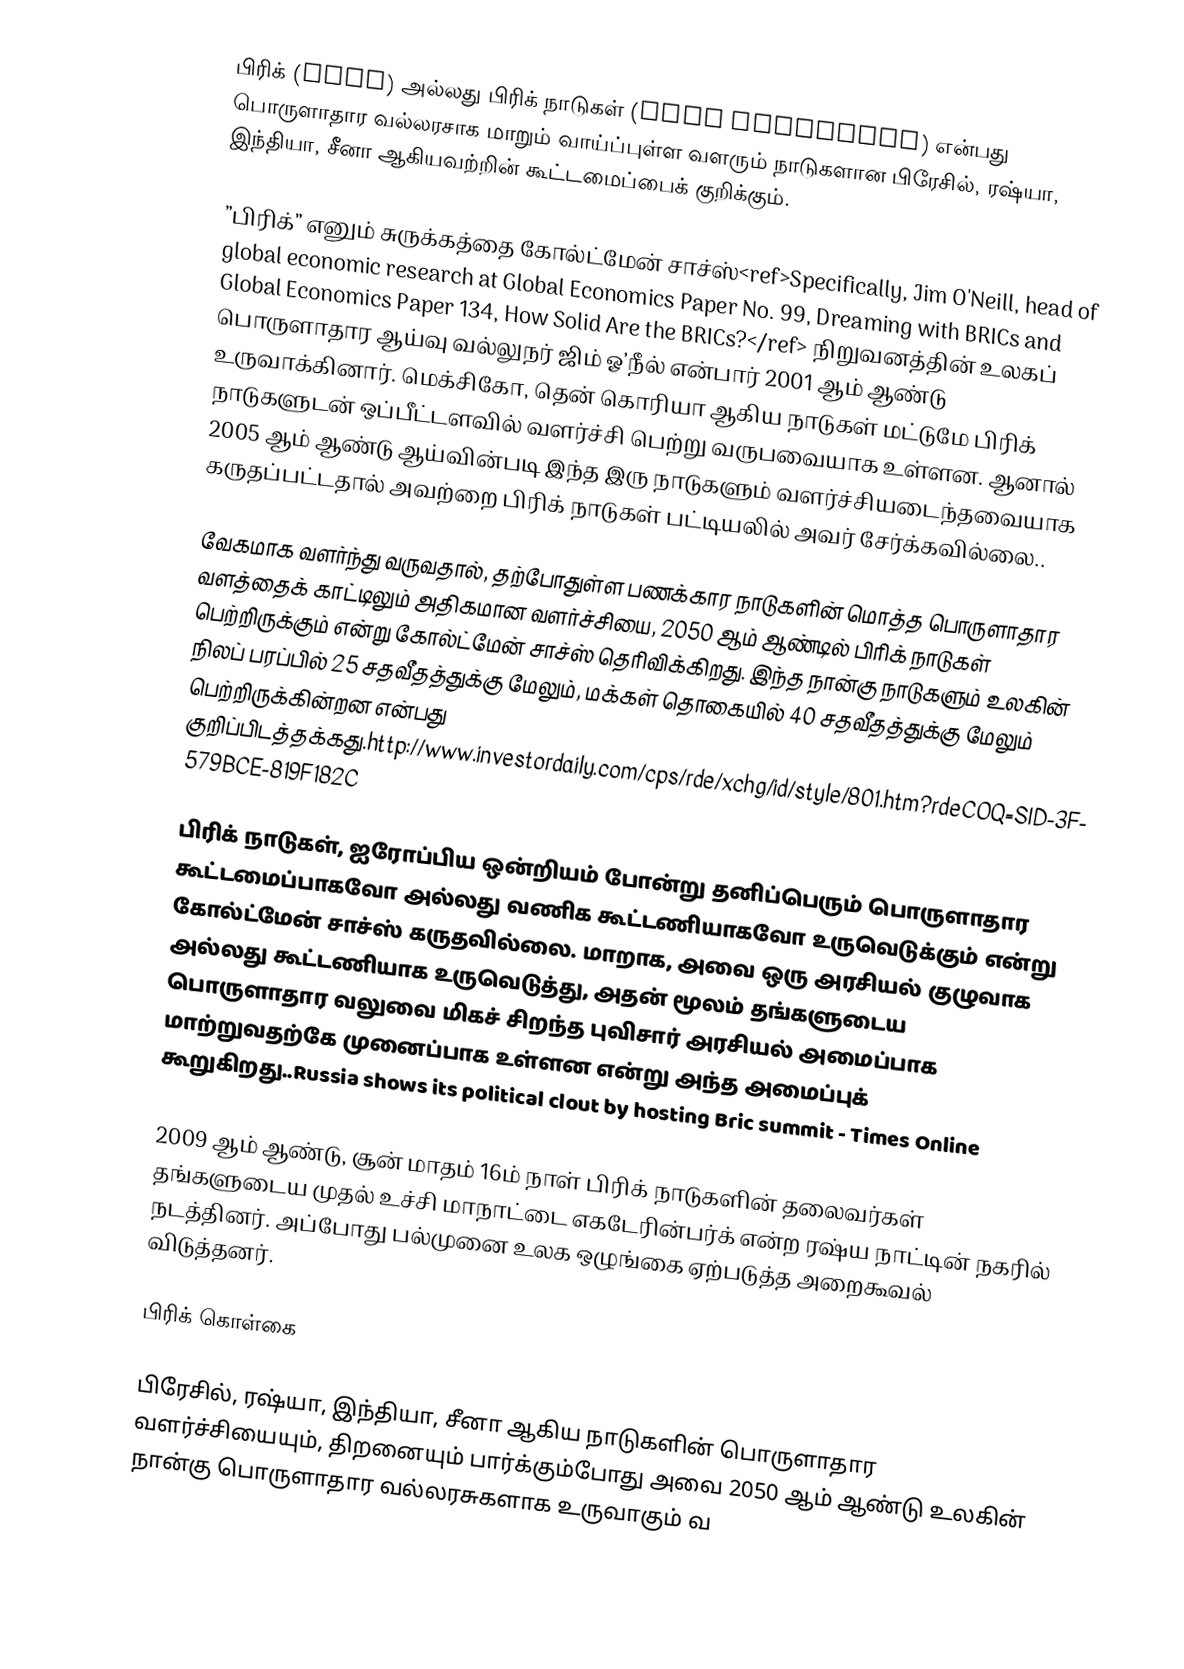
பிரிக் (BRIC) அல்லது பிரிக் நாடுகள் (BRIC countries) என்பது பொருளாதார வல்லரசாக மாறும் வாய்ப்புள்ள வளரும் நாடுகளான பிரேசில், ரஷ்யா, இந்தியா, சீனா ஆகியவற்றின் கூட்டமைப்பைக் குறிக்கும்.

”பிரிக்” எனும் சுருக்கத்தை கோல்ட்மேன் சாச்ஸ்<ref>Specifically, Jim O'Neill, head of global economic research at Global Economics Paper No. 99, Dreaming with BRICs and Global Economics Paper 134, How Solid Are the BRICs?</ref> நிறுவனத்தின் உலகப் பொருளாதார ஆய்வு வல்லுநர் ஜிம் ஓ’நீல் என்பார் 2001 ஆம் ஆண்டு உருவாக்கினார். மெக்சிகோ, தென் கொரியா ஆகிய நாடுகள் மட்டுமே பிரிக் நாடுகளுடன் ஒப்பீட்டளவில் வளர்ச்சி பெற்று வருபவையாக உள்ளன. ஆனால் 2005 ஆம் ஆண்டு ஆய்வின்படி இந்த இரு நாடுகளும் வளர்ச்சியடைந்தவையாக கருதப்பட்டதால் அவற்றை பிரிக் நாடுகள் பட்டியலில் அவர் சேர்க்கவில்லை..

வேகமாக வளர்ந்து வருவதால், தற்போதுள்ள பணக்கார நாடுகளின் மொத்த பொருளாதார வளத்தைக் காட்டிலும் அதிகமான வளர்ச்சியை, 2050 ஆம் ஆண்டில் பிரிக் நாடுகள் பெற்றிருக்கும் என்று கோல்ட்மேன் சாச்ஸ் தெரிவிக்கிறது. இந்த நான்கு  நாடுகளும் உலகின் நிலப் பரப்பில் 25 சதவீதத்துக்கு மேலும், மக்கள் தொகையில் 40 சதவீதத்துக்கு மேலும் பெற்றிருக்கின்றன என்பது குறிப்பிடத்தக்கது.http://www.investordaily.com/cps/rde/xchg/id/style/801.htm?rdeCOQ=SID-3F579BCE-819F182C

பிரிக் நாடுகள், ஐரோப்பிய ஒன்றியம் போன்று தனிப்பெரும் பொருளாதார கூட்டமைப்பாகவோ அல்லது வணிக கூட்டணியாகவோ உருவெடுக்கும் என்று கோல்ட்மேன் சாச்ஸ் கருதவில்லை. மாறாக, அவை ஒரு அரசியல் குழுவாக அல்லது கூட்டணியாக உருவெடுத்து, அதன் மூலம் தங்களுடைய பொருளாதார வலுவை மிகச் சிறந்த புவிசார் அரசியல் அமைப்பாக மாற்றுவதற்கே முனைப்பாக உள்ளன என்று அந்த அமைப்புக் கூறுகிறது..Russia shows its political clout by hosting Bric summit - Times Online

2009 ஆம் ஆண்டு, சூன் மாதம் 16ம் நாள் பிரிக் நாடுகளின் தலைவர்கள் தங்களுடைய முதல் உச்சி மாநாட்டை எகடேரின்பர்க் என்ற ரஷ்ய நாட்டின் நகரில் நடத்தினர். அப்போது பல்முனை உலக ஒழுங்கை ஏற்படுத்த அறைகூவல் விடுத்தனர்.

பிரிக் கொள்கை

பிரேசில், ரஷ்யா, இந்தியா, சீனா ஆகிய நாடுகளின் பொருளாதார வளர்ச்சியையும், திறனையும் பார்க்கும்போது அவை 2050 ஆம் ஆண்டு உலகின் நான்கு பொருளாதார வல்லரசுகளாக உருவாகும் வ